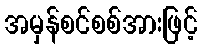
အမှန်စင်စစ်အားဖြင့်